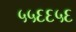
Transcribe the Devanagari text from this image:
५५६६५६